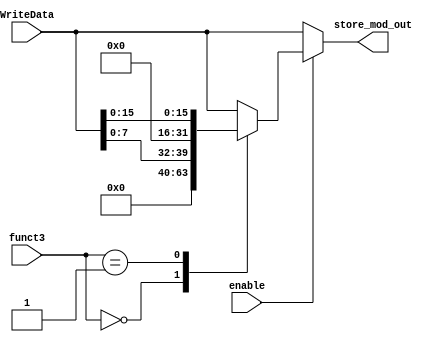
module store_mod(
input wire enable,
input wire [31:0] WriteData,
input wire [2:0] funct3,
output reg [31:0] store_mod_out
);
    parameter SB = 3'B000, SH = 3'B001, SW = 3'B010;

    always @(*) begin
        if(~enable) store_mod_out <= WriteData;
        else begin
            case(funct3)
                SB: store_mod_out <= WriteData[7:0];
                SH: store_mod_out <= WriteData[15:0];
                SW: store_mod_out <= WriteData;
                default: store_mod_out <= WriteData;
            endcase
        end
    end
endmodule